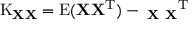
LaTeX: \operatorname { K } _ { \mathbf { X } \mathbf { X } } = \operatorname { E } ( \mathbf { X X ^ { \mathrm { { T } } } } ) - \mathbf { \mu _ { X } } \mathbf { \mu _ { X } } ^ { \mathrm { { T } } }